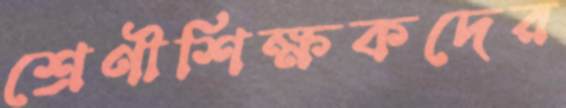
শ্রেণীশিক্ষকদের